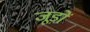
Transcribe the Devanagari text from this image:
जूड़ों